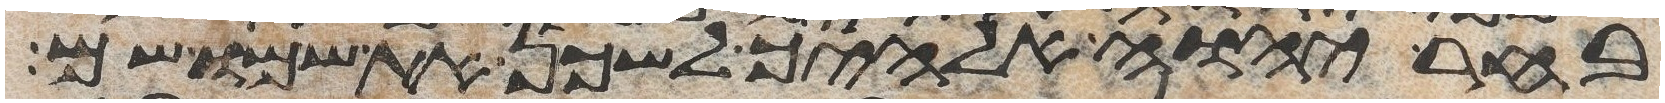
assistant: בחר יהוה אלהיך לשכן את שמו שם